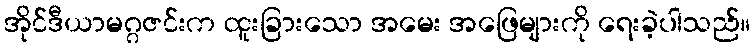
အိုင်ဒီယာမဂ္ဂဇင်းက ထူးခြားသော အမေး အဖြေများကို ရေးခဲ့ပါသည်။